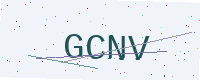
Text: GCNV